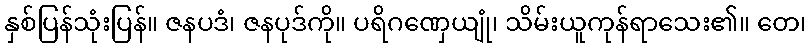
နှစ်ပြန်သုံးပြန်။ ဇနပဒံ၊ ဇနပုဒ်ကို။ ပရိဂဏှေယျုံ၊ သိမ်းယူကုန်ရာသေး၏။ တေ၊